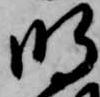
明